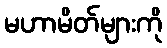
မဟာမိတ်များကို